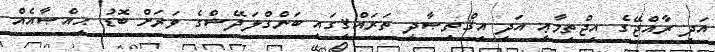
އަދި ރާއްޖޭގެ އިޖްތިމާޢީ އަދި އިޤްތިޞާދީ ތަރައްޤީގައި ބަންގްލަދޭޝްގެ ވަރަށް ބޮޑު ޙިއްޞާއެއް